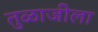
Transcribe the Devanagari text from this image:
तुळाजीला